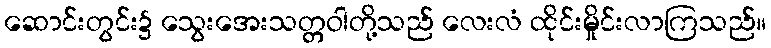
ဆောင်းတွင်း၌ သွေးအေးသတ္တဝါတို့သည် လေးလံ ထိုင်းမှိုင်းလာကြသည်။